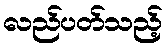
လည်ပတ်သည့်